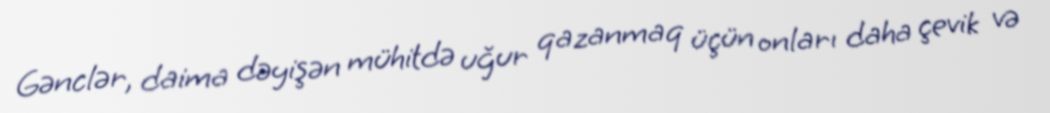
Gənclər, daima dəyişən mühitdə uğur qazanmaq üçün onları daha çevik və